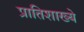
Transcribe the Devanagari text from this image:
प्रातिशाख्ये